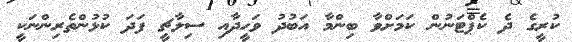
ކުރީގެ ދެ ކެޕްޓަނުން ކަމަށްވާ ބިންމާ އަބުދު ވަހީދާއި ސިލާޗީ ފަދަ ކުޅުންތެރިންނަކީ